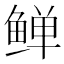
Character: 𬶛